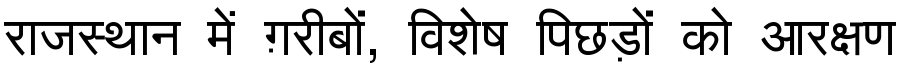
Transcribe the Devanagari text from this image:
राजस्थान में ग़रीबों, विशेष पिछड़ों को आरक्षण